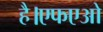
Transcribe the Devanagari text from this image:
है।एफएओ